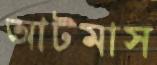
আটমাস